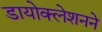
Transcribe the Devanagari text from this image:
डायोक्लेशनने